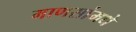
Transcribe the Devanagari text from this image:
माणसांमधे